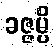
ခဇ္ဇမ္ပိ